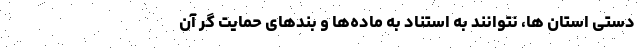
دستی استان ها، نتوانند به استناد به ماده‌ها و بند‌های حمایت گر آن